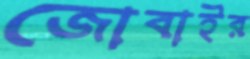
জোবাইর